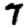
Digit: 7